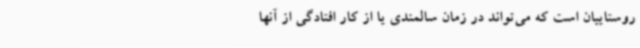
روستاییان است که می‌تواند در زمان سالمندی یا از کار افتادگی از آنها